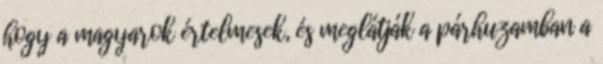
hogy a magyarok értelmesek, és meglátják a párhuzamban a